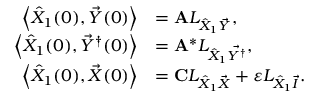
\begin{array} { r l } { \left\langle \hat { X } _ { 1 } ( 0 ) , \vec { Y } ( 0 ) \right\rangle } & { = \mathbf { A } L _ { \hat { X } _ { 1 } \vec { Y } } , } \\ { \left\langle \hat { X } _ { 1 } ( 0 ) , \vec { Y } ^ { \dagger } ( 0 ) \right\rangle } & { = \mathbf { A } ^ { * } L _ { \hat { X } _ { 1 } \vec { Y ^ { \dagger } } } , } \\ { \left\langle \hat { X } _ { 1 } ( 0 ) , \vec { X } ( 0 ) \right\rangle } & { = \mathbf { C } L _ { \hat { X } _ { 1 } \vec { X } } + \varepsilon L _ { \hat { X } _ { 1 } \vec { I } } . } \end{array}